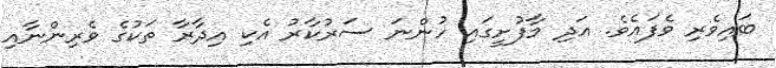
ބައިވެރި ވެފައެވެ. އަދި މާފުށީގައި ހުންނަ ސަރުކާރު އެކި އިދާރާ ތަކުގެ ވެރިންނާއި